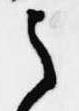
之